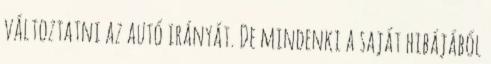
változtatni az autó irányát. De mindenki a saját hibájából